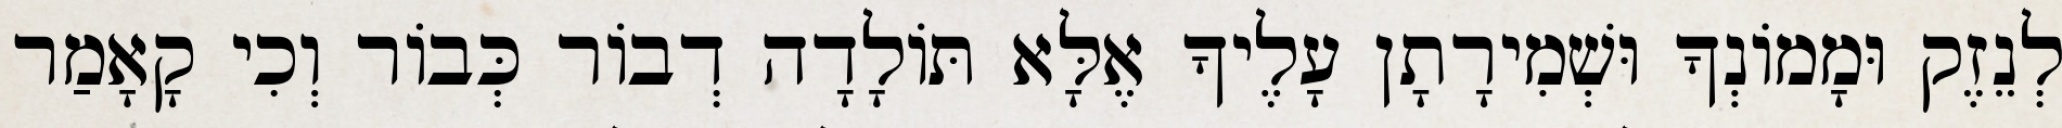
לְנֵזֶק וּמָמוֹנְךָ וּשְׁמִירָתָן עָלֶיךָ אֶלָּא תּוֹלָדָה דְבוֹר כְּבוֹר וְכִי קָאָמַר